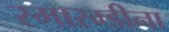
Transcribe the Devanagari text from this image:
स्मारग्डीना